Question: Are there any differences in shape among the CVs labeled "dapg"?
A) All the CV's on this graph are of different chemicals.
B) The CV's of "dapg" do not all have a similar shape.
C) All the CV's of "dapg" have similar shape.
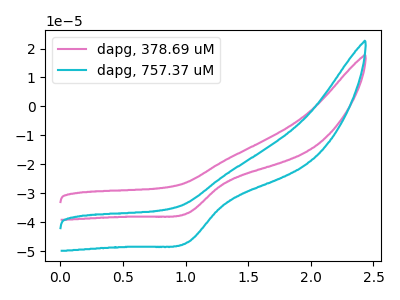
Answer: <think>The pink curve "dapg, 378.69 uM" has a cathodic peak at: (1.00V, -36.85uA). The cyan curve "dapg, 757.37 uM" has a cathodic peak at: (1.00V, -46.95uA).
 All the peaks in "dapg, 378.69 uM" have a peak in "dapg, 757.37 uM" at the same potential. Every peak in "dapg, 378.69 uM" is lower than every peak in "dapg, 757.37 uM".</think>
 <answer>C) All the CV's of "dapg" have similar shape.</answer>
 <eval>C</eval>